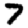
Digit: 7